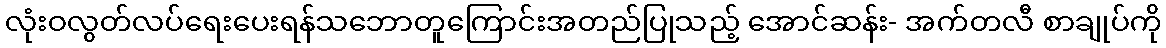
လုံးဝလွတ်လပ်ရေးပေးရန်သဘောတူကြောင်းအတည်ပြုသည့် အောင်ဆန်း- အက်တလီ စာချုပ်ကို